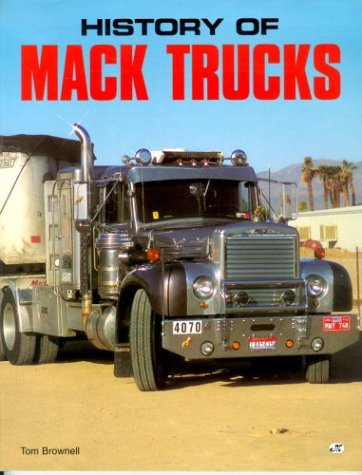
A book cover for History of Mack Trucks; Tom Brownell; Engineering & Transportation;